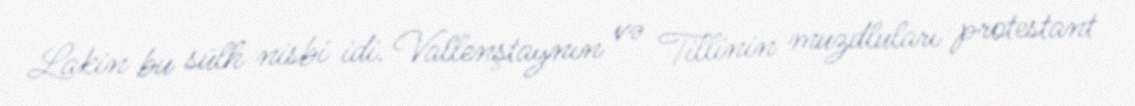
Lakin bu sülh nisbi idi. Vallenştaynın və Tillinin muzdluları protestant